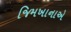
જિમખાનાએ